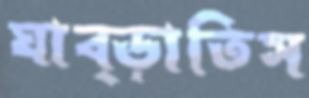
ঘাব্‌ড়াতিস